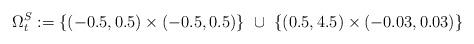
LaTeX: \begin{align*} \Omega_t^S :=\{(-0.5,0.5)\times(-0.5,0.5)\}~ \cup~ \{(0.5,4.5)\times(-0.03,0.03)\}\end{align*}